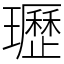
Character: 瓑